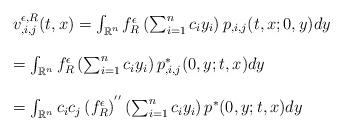
LaTeX: \begin{align*}\begin{array}{ll}v^{\epsilon,R}_{,i,j}(t,x)=\int_{{\mathbb R}^n}f^{\epsilon}_R\left(\sum_{i=1}^nc_iy_i\right)p_{,i,j}(t,x;0,y)dy\\\\= \int_{{\mathbb R}^n}f^{\epsilon}_R\left(\sum_{i=1}^nc_iy_i\right)p^*_{,i,j}(0,y;t,x)dy\\\\= \int_{{\mathbb R}^n}c_ic_j\left( f^{\epsilon}_R\right) ^{''}\left(\sum_{i=1}^nc_iy_i\right)p^*(0,y;t,x)dy\end{array}\end{align*}